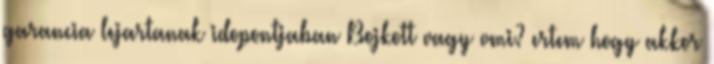
garancia lejartanak idopontjaban Bojkott vagy vmi? ertem hogy akkor